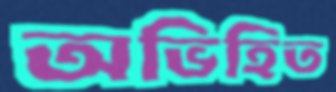
অভিহিত